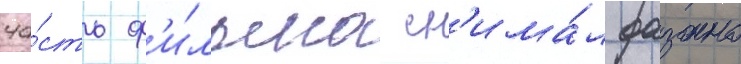
ча́сть ф'и́льма сн'има́л фазано